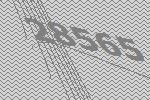
28565